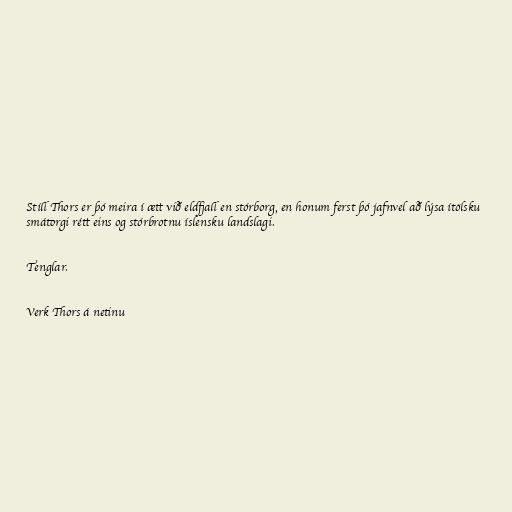
Stíll Thors er þó meira í ætt við eldfjall en stórborg, en honum ferst þó jafnvel að lýsa ítölsku
smátorgi rétt eins og stórbrotnu íslensku landslagi.

Tenglar.

Verk Thors á netinu